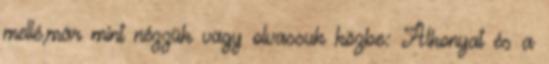
mellé,már mint nézzük vagy olvassuk közbe: Alkonyat és a